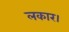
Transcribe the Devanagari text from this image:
लकार।